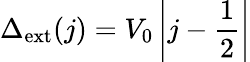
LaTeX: \Delta_{\mathrm{{ext}}}(j)=V_{0}\left|j-\frac{1}{2}\right|